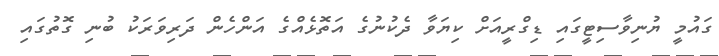
ގައުމީ ޔުނިވާސިޓީގައި ޑިގްރީއަށް ކިޔަވާ ދެކުނުގެ އަތޮޅެއްގެ އަންހެން ދަރިވަރަކު ބުނި ގޮތުގައި